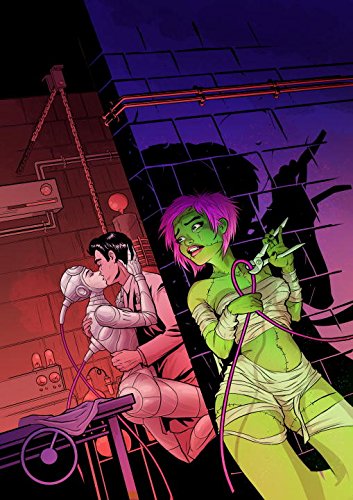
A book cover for The Complete Love Hurts; Kim Anderrson; Comics & Graphic Novels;